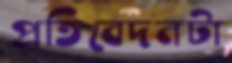
প্রতিবেদনটা